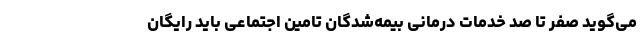
می‌گوید صفر تا صد خدمات درمانی بیمه‌شدگان تامین اجتماعی باید رایگان